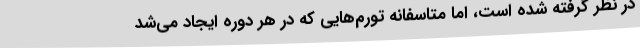
در نظر گرفته شده است، اما متاسفانه تورم‌هایی که در هر دوره ایجاد می‌شد